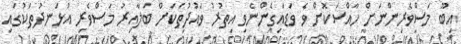
އިބޫ މަސްވެރިންނަށް ހާއްސަކޮށް ވެ ވަޑައިގެންނެވި އިތުރު ވައުދުތަކަށް ބަލާއިރު މަސްވެރި އުޅަނދުތަކުގައި